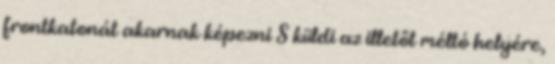
frontkatonát akarnak képezni S küldi az illetőt méltó helyére,